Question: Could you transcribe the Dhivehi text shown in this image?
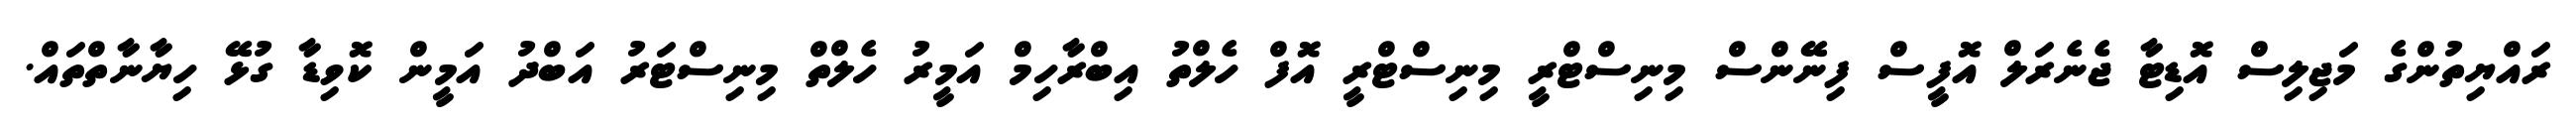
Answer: ރައްޔިތުންގެ މަޖިލިސް އޮޑިޓާ ޖެނެރަލް އޮފީސް ފިނޭންސް މިނިސްޓްރީ މިނިސްޓްރީ އޮފް ހެލްތު އިބްރާހިމް އަމީރު ހެލްތް މިނިސްޓަރު އަބްދު އަމީން ކޮވިޑާ ގުޅޭ ހިޔާނާތްތައް.